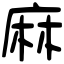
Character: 麻